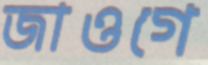
জাওগে